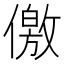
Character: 儌